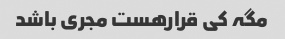
مگہ کی قرارهست مجری باشد